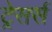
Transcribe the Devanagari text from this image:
ट्रेसर्स